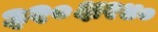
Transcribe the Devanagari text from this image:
३२०क्ष२४०